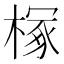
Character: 𪳘